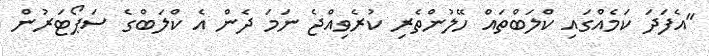
"އެފަދަ ކަމެއްގައި ކްލަބްތައް ހޭލުންތެރި ކުރެވިއްޖެ ނަމަ ދެން އެ ކްލަބްގެ ސަޕޯޓަރުން